Vaccination North-Western Provinces 1866-1877 - 1866-1877
Year: 1866
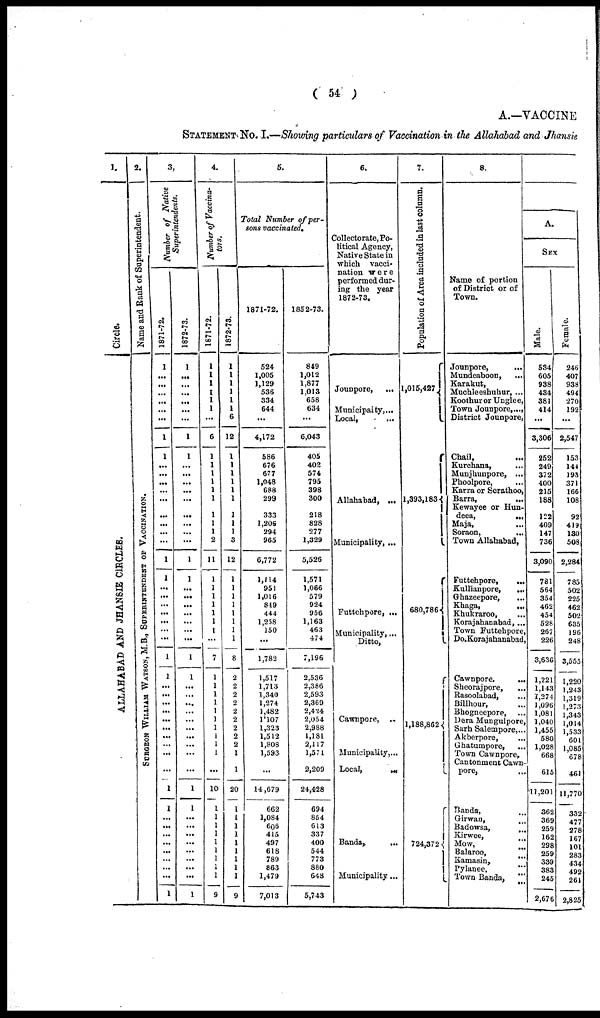
( 54 )
A.—VACCINE
STATEMENT No. I.—Showing particulars of Vaccination in the Allahabad and Jhansie
1.
Circle.
ALLAHABAD AND JHANSIE CIRCLES.
2.
Name and Rank of Superintendent.
S
URGE ON WIL L IAM WATS ON, M.B., S
UP E R INT
E NDE NT OF VACCINAT ION.
3.
Number of Native
Superintendents.
1871-72.
1
...
...
...
...
...
...
1
1
...
...
...
...
...
...
...
...
...
1
1
...
...
... ...
...
...
...
1
1
...
...
...
...
...
...
...
...
...
...
1
1
...
...
...
...
...
...
...
...
1
1872-73.
1
...
...
...
...
...
...
1
1
...
...
...
...
...
...
...
...
...
1
1
...
...
...
...
...
...
...
1
1
...
...
...
...
...
...
...
...
...
...
1
1
...
...
...
...
...
...
...
...
1
4.
Number of Vaccina¬
tors.
1871-72.
1
1
1
1
1
1
...
6
1
1
1
1
1
1
1
1
1
2
11
1
1
1
1
1
1
1
...
7
1
1
1
1
1
1
1
1
1
1
...
10
1
1
1
1
1
1
1
1
1
9
1872-73.
1
1
1
1
1
1
6
12
1
1
1
1
1
1
1
1
1
3
12
1
1
1
1
1
1
1
1
8
2
2
2
2
2
2
2
2
2
1
1
20
1
1
1
1
1
1
1
1
1
9
5.
Total Number of per-
sons vaccinated.
1871-72.
524
1,005
1,129
536
334
644
...
4,172
586
676
677
1,048
688
299
333
1,206
294
965
6,772
1,114
951
1,016
849
444
1,258
150
...
1,782
1,517
1,713
1,340
1,274
1,482
1,107
1,323
1,512
1,808
1,593
...
14,679
662
1,084
606
415
497
618
789
863
1,479
7,013
1852-73.
849
1,012
1,877
1,013
658
634
...
6,043
405
402
574
795
398
300
218
828
277
1,329
5,526
1,571
1,066
579
924
956
1,163
463
474
7,196
2,536
2,386
2,593
2,369
2,424
2,054
2,988
1,181
2,117
1,571
2,209
24,428
694
854
613
337
400
544
773
880
648
5,743
6.
Collectorate, Po-
litical Agency,
Native State in
which vacci-
nation were
performed dur-
ing the year
1872-73.
Jounpore,
...
Municipality, ...
Local, ...
Allahabad, ...
Municipality, ...
Futtehpore, ...
Municipality, ...
Ditto,
Cawnpore, ...
Municipality, ...
Local,
...
Banda, ...
Municipality, ...
7.
Population of Area included in last column.
1,015,427
1,393,183
680,786
1,188,862
724,372
8.
Name of portion
of District or of
Town.
Jounpore,
...
Mundeaboon,
...
Karakut, ...
Muchleeshuhur, ...
Koothuror Unglee, ...
Town Jounpore, ...
District Jounpore, ...
Chail,
...
Kurchana, ...
Munjhunpore, ...
Phoolpore, ...
Karra or Serathoo, ...
Barra,
...
Kewayee or Hun¬
deea,
...
Maja, ...
Soraon, ...
Town Allahabad, ...
Futtehpore,
...
Kullianpore,
...
Ghazeepore,
...
Khaga,
...
Khukraroo, ...
Korajahanabad, ...
Town Futtehpore,
Do. Korajahanabad,
Cawnpore.
...
Sheorajpore,
...
Rasoolabad, ...
Billhour, ...
Bhogneepore, ...
Dera Mungulpore, ...
Sarh Salempore, ...
Akberpore, ...
Ghatumpore, ...
Town Cawnpore, ...
Cantonment Cawn¬
pore, ...
Banda, ...
Girwan, ...
Badowsa, ...
Kirwee, ...
Mow, ...
Balaroo, ...
Kamasin, ...
Pylanee,
...
Town Banda,
...
A.
SEX
Male.
534
605
938
434
381
414
...
3,306
252
249
372
400
215
188
122
409
147
736
3,090
781
564
354
462
454
528
267
226
3,636
1,221
1,143
1,274
1,096
1,081
1,040
1,455
580
1,028
668
615
11,201
362
369
259
162
298
259
339
383
245
2,676
Female.
246
407
938
494
270
192
...
2,547
153
144
193
371
166
108
92
419
130
508
2,284
785
502
225
462
502
635
196
248
3,555
1,220
1,243
1,319
1,273
1,343
1,014
1,533
601
1,085
678
461
11,770
332
477
278
167
101
283
434
492
261
2,825